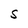
Character: S